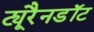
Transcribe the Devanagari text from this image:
ट्यूरैनडॉट